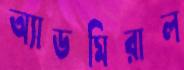
অ্যাডমিরাল